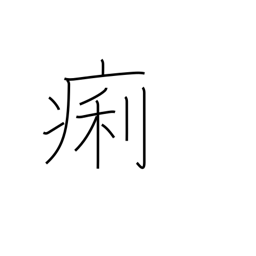
Meaning: diarrhea